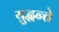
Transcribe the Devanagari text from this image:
युद्धन्ते